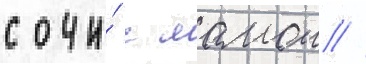
сочи́ с мамои //